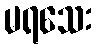
မရသေး